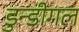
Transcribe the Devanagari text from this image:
डुन्डीगल